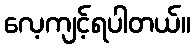
လေ့ကျင့်ရပါတယ်။